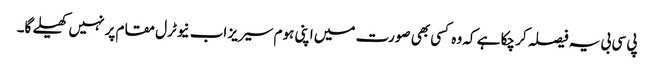
پی سی بی یہ فیصلہ کر چکا ہے کہ وہ کسی بھی صورت میں اپنی ہوم سیریز اب نیوٹرل مقام پر نہیں کھیلے گا۔